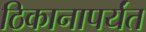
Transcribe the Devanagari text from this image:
ठिकानापर्यंत